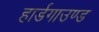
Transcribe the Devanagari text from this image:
हार्डगाउण्ड